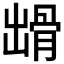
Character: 𩨳